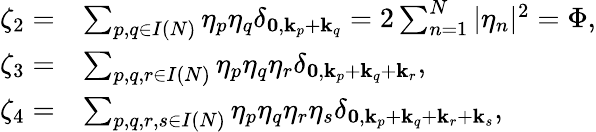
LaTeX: \begin{array}{rl}{\zeta_{2}=}&{\sum_{p,q\in I(N)}\eta_{p}\eta_{q}\delta_{\mathbf{0},\mathbf{k}_{p}+\mathbf{k}_{q}}=2\sum_{n=1}^{N}|\eta_{n}|^{2}=\Phi,}\\ {\zeta_{3}=}&{\sum_{p,q,r\in{I}(N)}\eta_{p}\eta_{q}\eta_{r}\delta_{\mathbf{0},\mathbf{k}_{p}+\mathbf{k}_{q}+{\mathbf{k}_{r}}},}\\ {\zeta_{4}=}&{\sum_{p,q,r,s\in{I}(N)}\eta_{p}\eta_{q}\eta_{r}\eta_{s}\delta_{\mathbf{0},\mathbf{k}_{p}+\mathbf{k}_{q}+{\mathbf{k}_{r}}+\mathbf{k}_{s}},}\end{array}